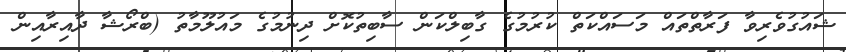
ޝައުގުވެރިވާ ފަރާތްތައް މަސައްކަތް ކުރުމުގެ ގާބިލްކަން ސާބިތުކޮށް ދިނުމުގެ މައުލޫމާތު (ބްރޯޝާ ދާއިރާއިން